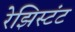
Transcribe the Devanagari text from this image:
रेझिस्टंट